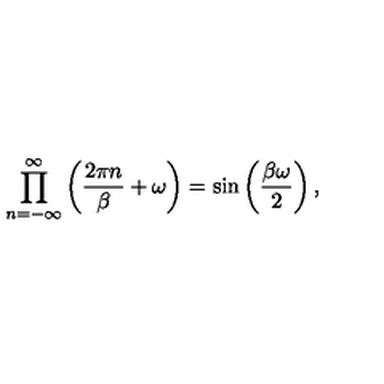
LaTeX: \prod _ { n = - \infty } ^ { \infty } \left( \frac { 2 \pi n } { \beta } + \omega \right) = \sin \left( \frac { \beta \omega } { 2 } \right) ,